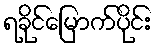
ရခိုင်မြောက်ပိုင်း